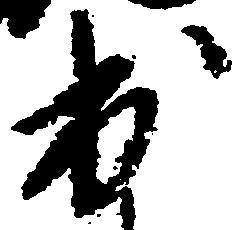
出